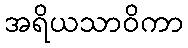
အရိယသာဝိကာ